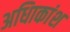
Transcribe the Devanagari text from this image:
अधिाकांश